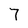
Character: 7